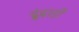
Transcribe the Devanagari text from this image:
ढ़ूंढ़ाड़ी